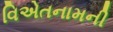
વિએતનામની